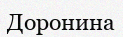
Доронина